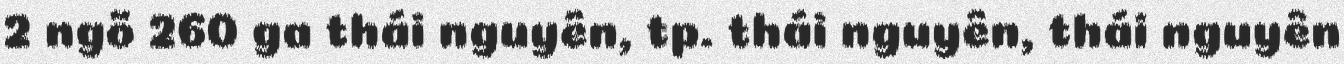
2 ngõ 260 ga thái nguyên, tp. thái nguyên, thái nguyên